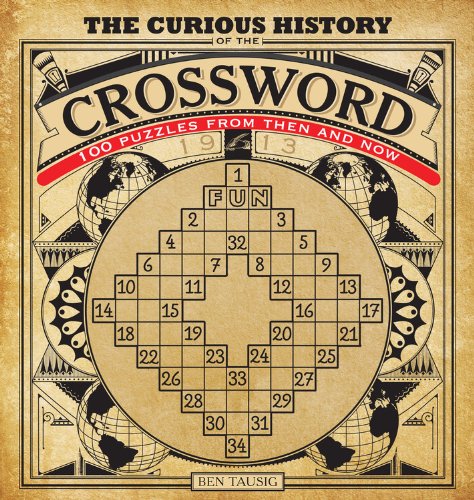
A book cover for The Curious History of the Crossword: 100 Puzzles from Then and Now; Ben Tausig; Humor & Entertainment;